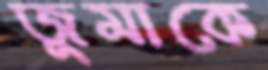
জুমাকে